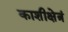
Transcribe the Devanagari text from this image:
काशीक्षेत्रं